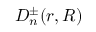
D _ { n } ^ { \pm } ( r , R )